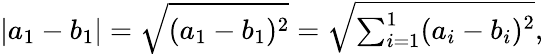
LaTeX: |a_{1}-b_{1}|={\sqrt{(a_{1}-b_{1})^{2}}}={\sqrt{\textstyle\sum_{i=1}^{1}(a_{i}-b_{i})^{2}}},